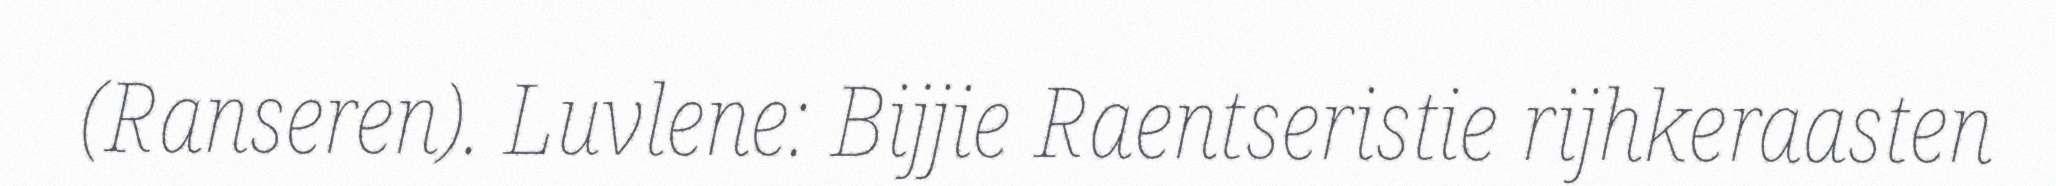
(Ranseren). Luvlene: Bijjie Raentseristie rijhkeraasten